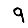
Digit: 9